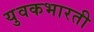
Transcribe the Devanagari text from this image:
युवकभारती